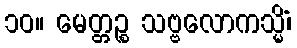
၁၀။ မေတ္တဉ္စ သဗ္ဗလောကသ္မိံ၊